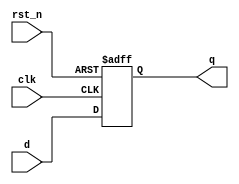
module d_flip_flop (
    input wire clk,      // Clock input
    input wire rst_n,    // Active low reset
    input wire d,       // Data input
    output reg q        // Data output
);

// Continuous assignment using non-blocking assignment
always @(posedge clk or negedge rst_n) begin
    if (!rst_n) begin
        q <= 1'b0;      // Reset output to 0
    end else begin
        q <= d;         // Capture data input on clock edge
    end
end

endmodule